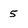
Character: 5